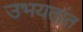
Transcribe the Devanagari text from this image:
उभयतांत